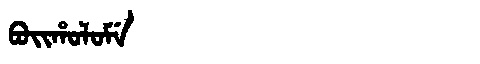
Manchu: ᠪᠣᡳᡥᠣᠯᠣᠮᡝ
Romanization: BOIHOLOME